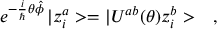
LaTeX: e ^ { - \frac { i } { \hbar } \theta \hat { \phi } } \, | z _ { i } ^ { a } > = | U ^ { a b } ( \theta ) z _ { i } ^ { b } > \ \ \ ,